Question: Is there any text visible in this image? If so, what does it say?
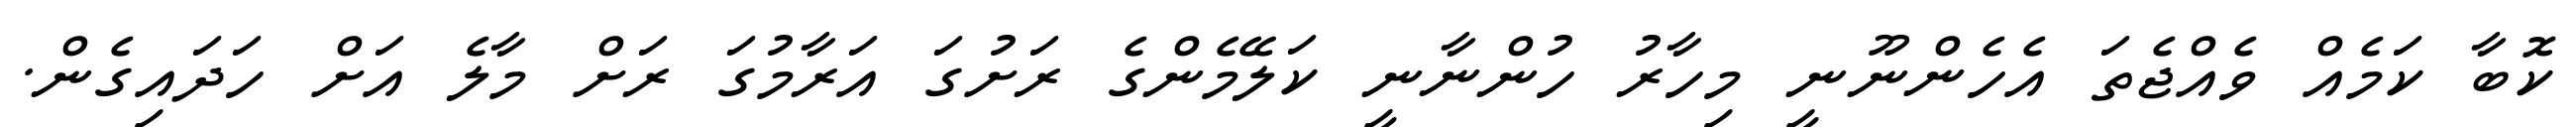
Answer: ކޮބާ ކަމެއް ވެއްޖެތަ އެހެންނޫނީ މިހާރު ހުންނާނީ ކަލޭމެންގެ ރަށުގަ އަރާމުގަ ރަށް މާލެ އަށް ހަދައިގެން.